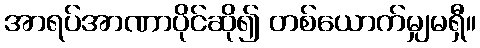
အာရပ်အာဏာပိုင်ဆို၍ တစ်ယောက်မျှမရှီ။